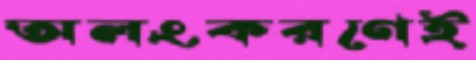
অলংকরণেই